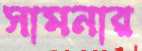
সামনার